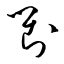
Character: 對